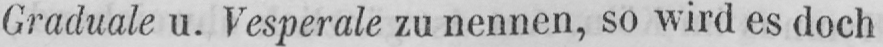
Graduale u. Vesperale zu nennen, so wird es doch